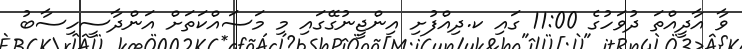
ވާ އާދީއްތަ ދުވަހުގެ 11:00 ގައި ކ.ދިއްފުށި އިންޖީނުގޭގައި މި މަސައްކަތަށް އަންދާސީހިސާބު